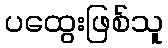
ပထွေးဖြစ်သူ